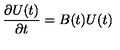
{ \frac { \partial U ( t ) } { \partial t } } = B ( t ) U ( t )